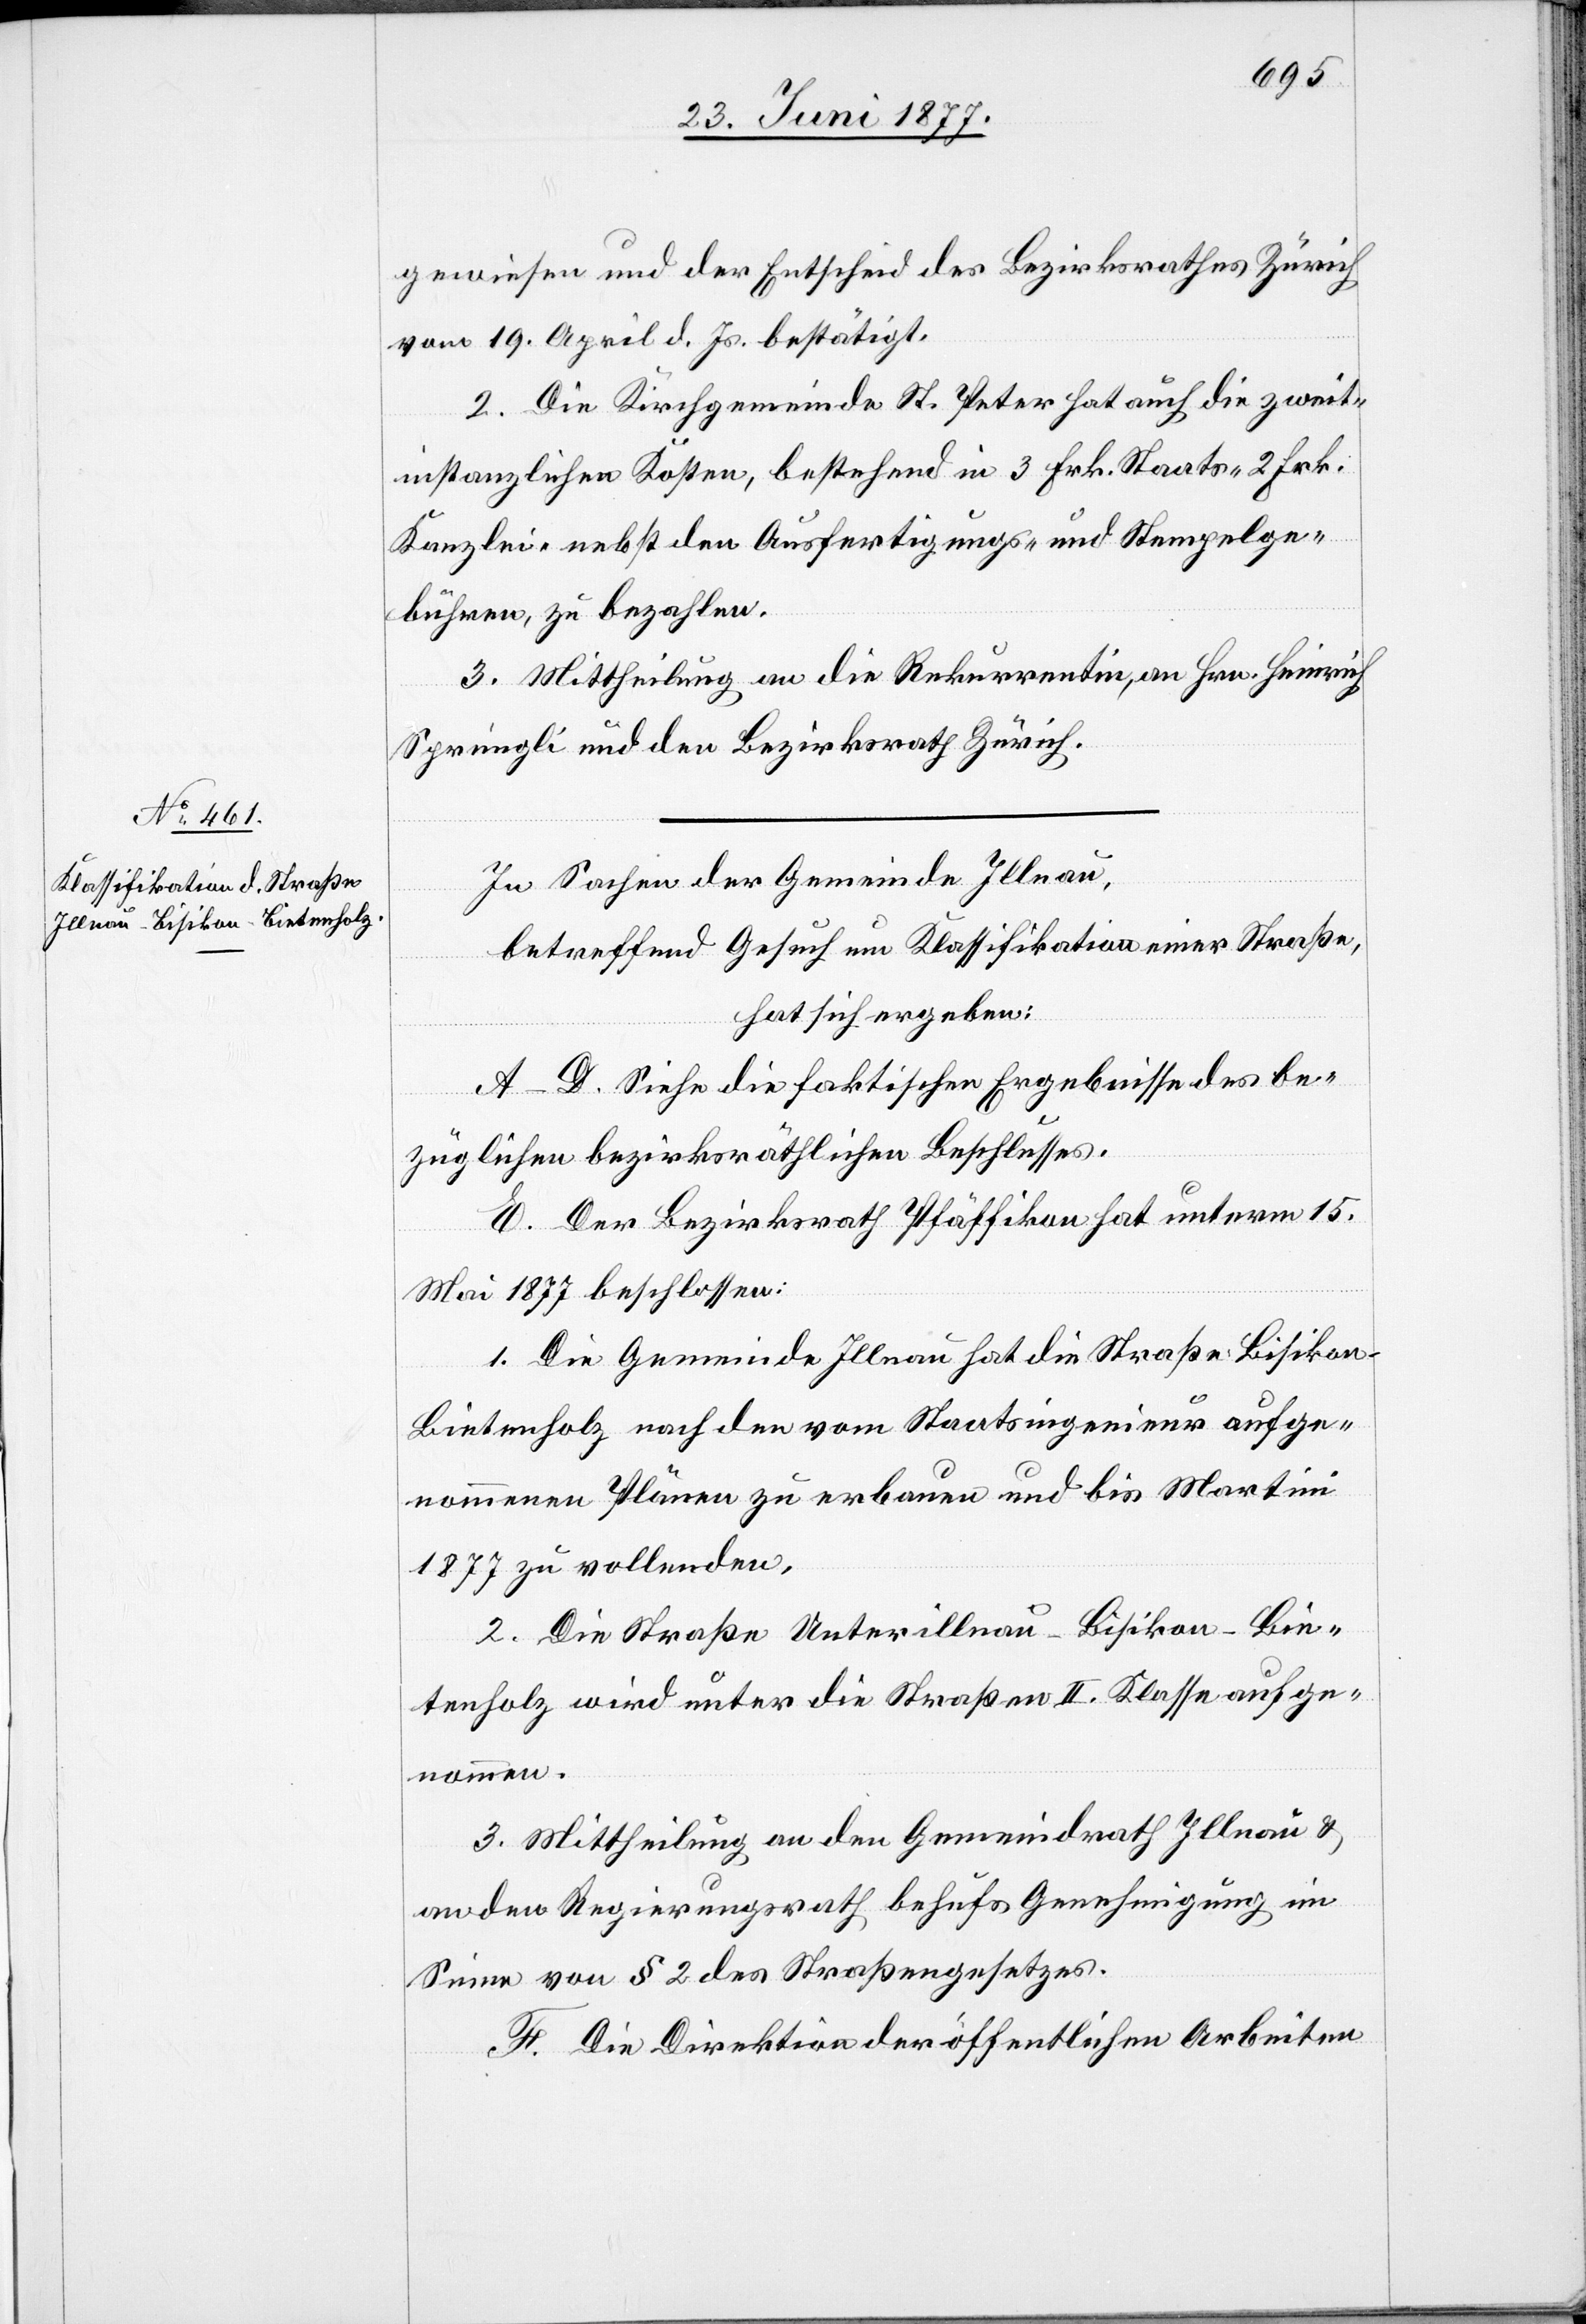
gewiesen und der Entscheid des Bezirksrathes Zürich
vom 19. April d. Js. bestätigt.
2. Die Kirchgemeinde St. Peter hat auch die zweit¬
instanzlichen Kosten, bestehend in 3 Frk. Staats- 2 Frk.
Kanzlei- nebst den Ausfertigungs- und Stempelge¬
bühren, zu bezahlen.
3. Mittheilung an die Rekurrentin, an Hrn. Heinrich
Sprüngli und den Bezirksrath Zürich.
In Sachen der Gemeinde Illnau,
betreffend Gesuch um Klassifikation einer Straße,
hat sich ergeben:
A–D. Siehe die faktischen Ergebnisse des be¬
züglichen bezirksräthlichen Beschlusses.
E. Der Bezirksrath Pfäffikon hat unterm 15.
Mai 1877 beschlossen:
1. Die Gemeinde Illnau hat die Straße Bisikon–B¬
ietenholz nach den vom Staatsingenieur aufge¬
nommenen Plänen zu erbauen und bis Martini
1877 zu vollenden.
2. Die Straße Unterillnau–Bisikon–Bie¬
tenholz wird unter die Straßen II. Klasse aufge¬
nommen.
3. Mittheilung an den Gemeindrath Illnau &
an den Regierungsrath behufs Genehmigung im
Sinne von § 2 des Straßengesetzes.
F. Die Direktion der öffentlichen Arbeiten